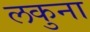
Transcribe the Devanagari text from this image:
लकुना